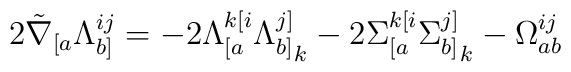
2\tilde{\nabla}_{[a}\Lambda_{b]}^{ij} = -2\Lambda_{[a}^{k[i}{\Lambda_{b]}^{j]}}_{k} - 2{\Sigma_{[a}^{k[i}}{\Sigma_{b]}^{j]}}_{k} -\Omega_{ab}^{ij}